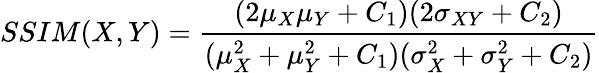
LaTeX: SSIM(X,Y)=\frac{(2\mu_{X}\mu_{Y}+C_{1})(2\sigma_{XY}+C_{2})}{(\mu_{X}^{2}+\mu_{Y}^{2}+C_{1})(\sigma_{X}^{2}+\sigma_{Y}^{2}+C_{2})}